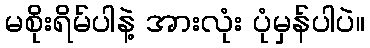
မစိုးရိမ်ပါနဲ့ အားလုံး ပုံမှန်ပါပဲ။